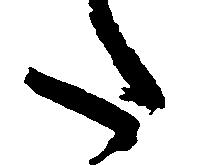
た